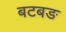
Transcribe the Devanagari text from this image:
बटबङ